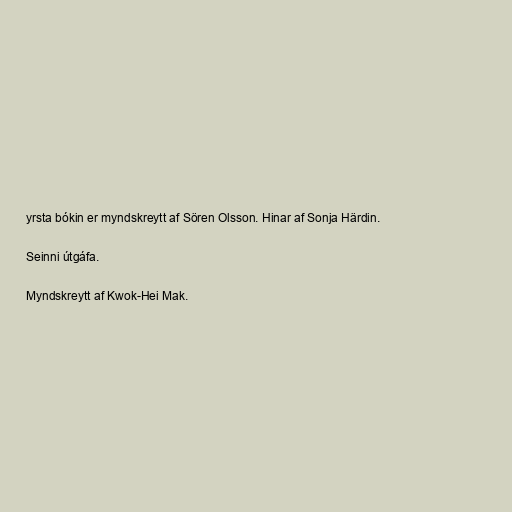
yrsta bókin er myndskreytt af Sören Olsson. Hinar af Sonja Härdin.

Seinni útgáfa.

Myndskreytt af Kwok-Hei Mak.